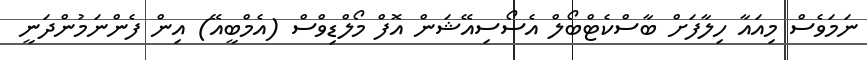
ނަމަވެސް މިއައާ ހިލާފަށް ބާސްކެޓްބޯލް އެސޯސިއޭޝަން އޮފް މޯލްޑިވްސް (އެމްބީއޭ) އިން ފެންނަމުންދަނީ